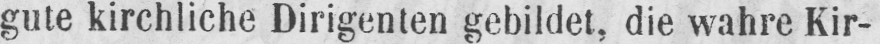
gute kirchliche Dirigenten gebildet, die wahre Kir-